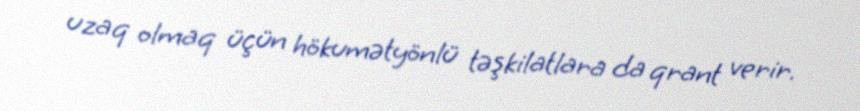
uzaq olmaq üçün hökumətyönlü təşkilatlara da qrant verir.